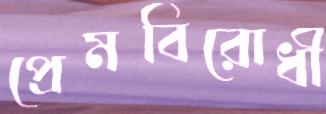
প্রেমবিরোধী